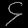
Digit: ၄